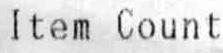
ITEM COUNT